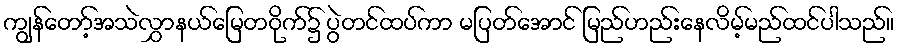
ကျွန်တော့်အသဲလွှာနယ်မြေတဝိုက်၌ ပွဲတင်ထပ်ကာ မပြတ်အောင် မြည်ဟည်းနေလိမ့်မည်ထင်ပါသည်။